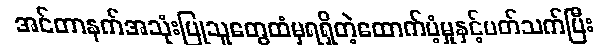
အင်တာနက်အသုံးပြုသူတွေထံမှရရှိတဲ့ထောက်ပံ့မှုနှင့်ပတ်သက်ပြီး